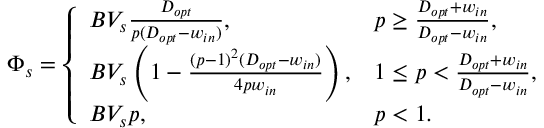
\Phi _ { s } = \left\{ \begin{array} { l l } { B V _ { s } \frac { D _ { o p t } } { p ( D _ { o p t } - w _ { i n } ) } , } & { p \ge \frac { D _ { o p t } + w _ { i n } } { D _ { o p t } - w _ { i n } } , } \\ { B V _ { s } \left( 1 - \frac { ( p - 1 ) ^ { 2 } ( D _ { o p t } - w _ { i n } ) } { 4 p w _ { i n } } \right) , } & { 1 \le p < \frac { D _ { o p t } + w _ { i n } } { D _ { o p t } - w _ { i n } } , } \\ { B V _ { s } p , } & { p < 1 . } \end{array} \right.